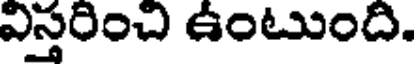
విస్తరించి ఉంటుంది.